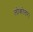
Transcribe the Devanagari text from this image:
लोकोत्तर।